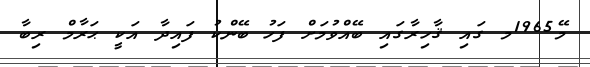
މޭ1965މ ގައި ޤާހިރާގައި ބޭއްވުމަށް ފަހު ބޭންކު ފައިދާ އަކީ ޙަރާމް ރިބާ